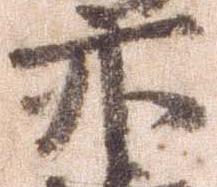
亦